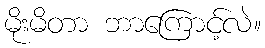
မိုးမိတာ ဘာကြောင့်လဲ။